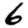
Digit: 6